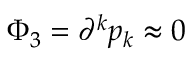
\Phi _ { 3 } = \partial ^ { k } p _ { k } \approx 0